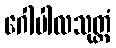
ဂေါပါလသုတ္တံ